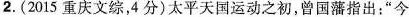
2.(2015重庆文综，4分)太平天国运动之初，曾国藩指出：”今